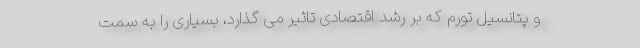
و پتانسیل تورم که بر رشد اقتصادی تاثیر می گذارد، بسیاری را به سمت